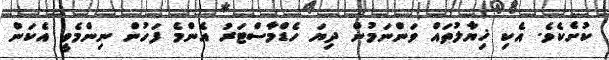
ކުށެކެވެ. އެކި ޚިޔާލުތައް ވަންނަމުން ދިޔަ ހެޑްމާސްޓަރު އެންމެ ފަހުން ނިންމެވީ އެކަން